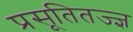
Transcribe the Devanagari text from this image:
प्रसूतितज्‍ज्ञ